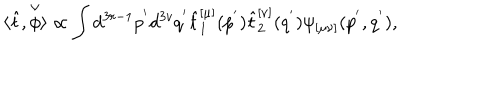
\langle \hat { t } , \stackrel { \vee } { \phi } \rangle \propto \int d ^ { 3 r - 1 } p ^ { ' } d ^ { 3 v } q ^ { ' } \hat { t } _ { 1 } ^ { [ \mu ] } ( p ^ { ' } ) \hat { t } _ { 2 } ^ { [ \nu ] } ( q ^ { ' } ) \psi _ { [ \mu \nu ] } ( p ^ { ' } , q ^ { ' } ) ,